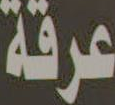
عرقة